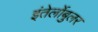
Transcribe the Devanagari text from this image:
इंतेर्लोबुलर